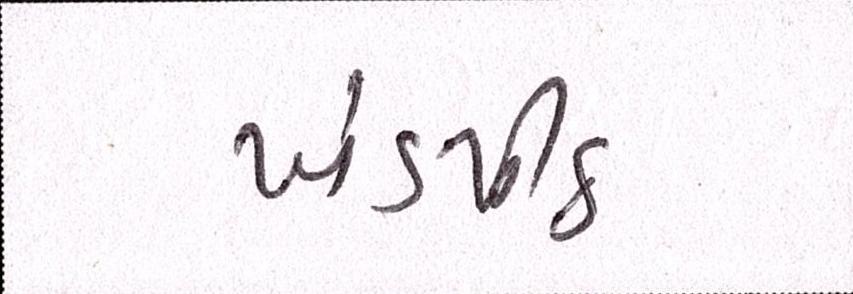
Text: ખંડપીઠ